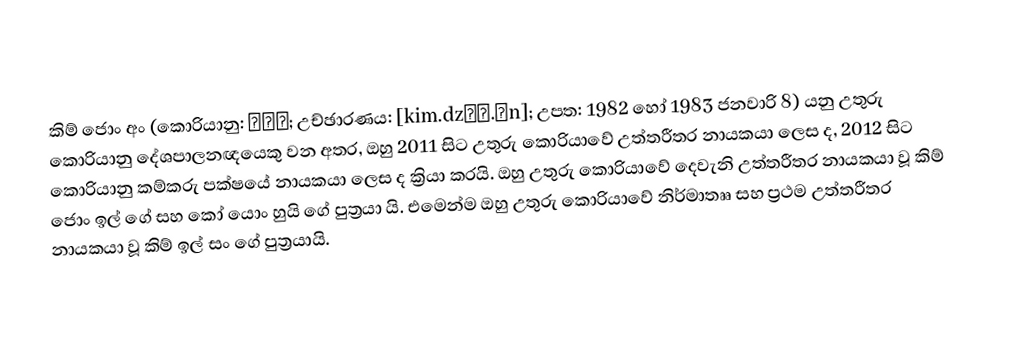
කිම් ජොං අං (කොරියානු: 김정은; උච්ඡාරණය: [kim.dzɔŋ.ɯn]; උපත: 1982 හෝ 1983 ජනවාරි 8) යනු උතුරු කොරියානු දේශපාලනඥයෙකු වන අතර, ඔහු 2011 සිට උතුරු කොරියාවේ උත්තරීතර නායකයා ලෙස ද, 2012 සිට කොරියානු කම්කරු පක්ෂයේ නායකයා ලෙස ද ක්‍රියා කරයි. ඔහු උතුරු කොරියාවේ දෙවැනි උත්තරීතර නායකයා වූ කිම් ජොං ඉල් ගේ සහ කෝ යොං හුයි ගේ පුත්‍රයා යි. එමෙන්ම ඔහු උතුරු කොරියාවේ නිර්මාතෲ සහ ප්‍රථම උත්තරීතර නායකයා වූ කිම් ඉල් සං ගේ පුත්‍රයායි.